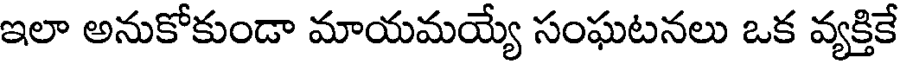
ఇలా అనుకోకుండా మాయమయ్యే సంఘటనలు ఒక వ్యక్తికే